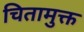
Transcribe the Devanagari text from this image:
चितामुक्त